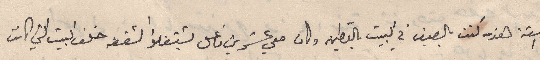
السنة هذه كنت بالصيف في البيت بالقطين وكان معي عشرين فاعل يشتغلوا الشقفة خلف البيت التي كانت